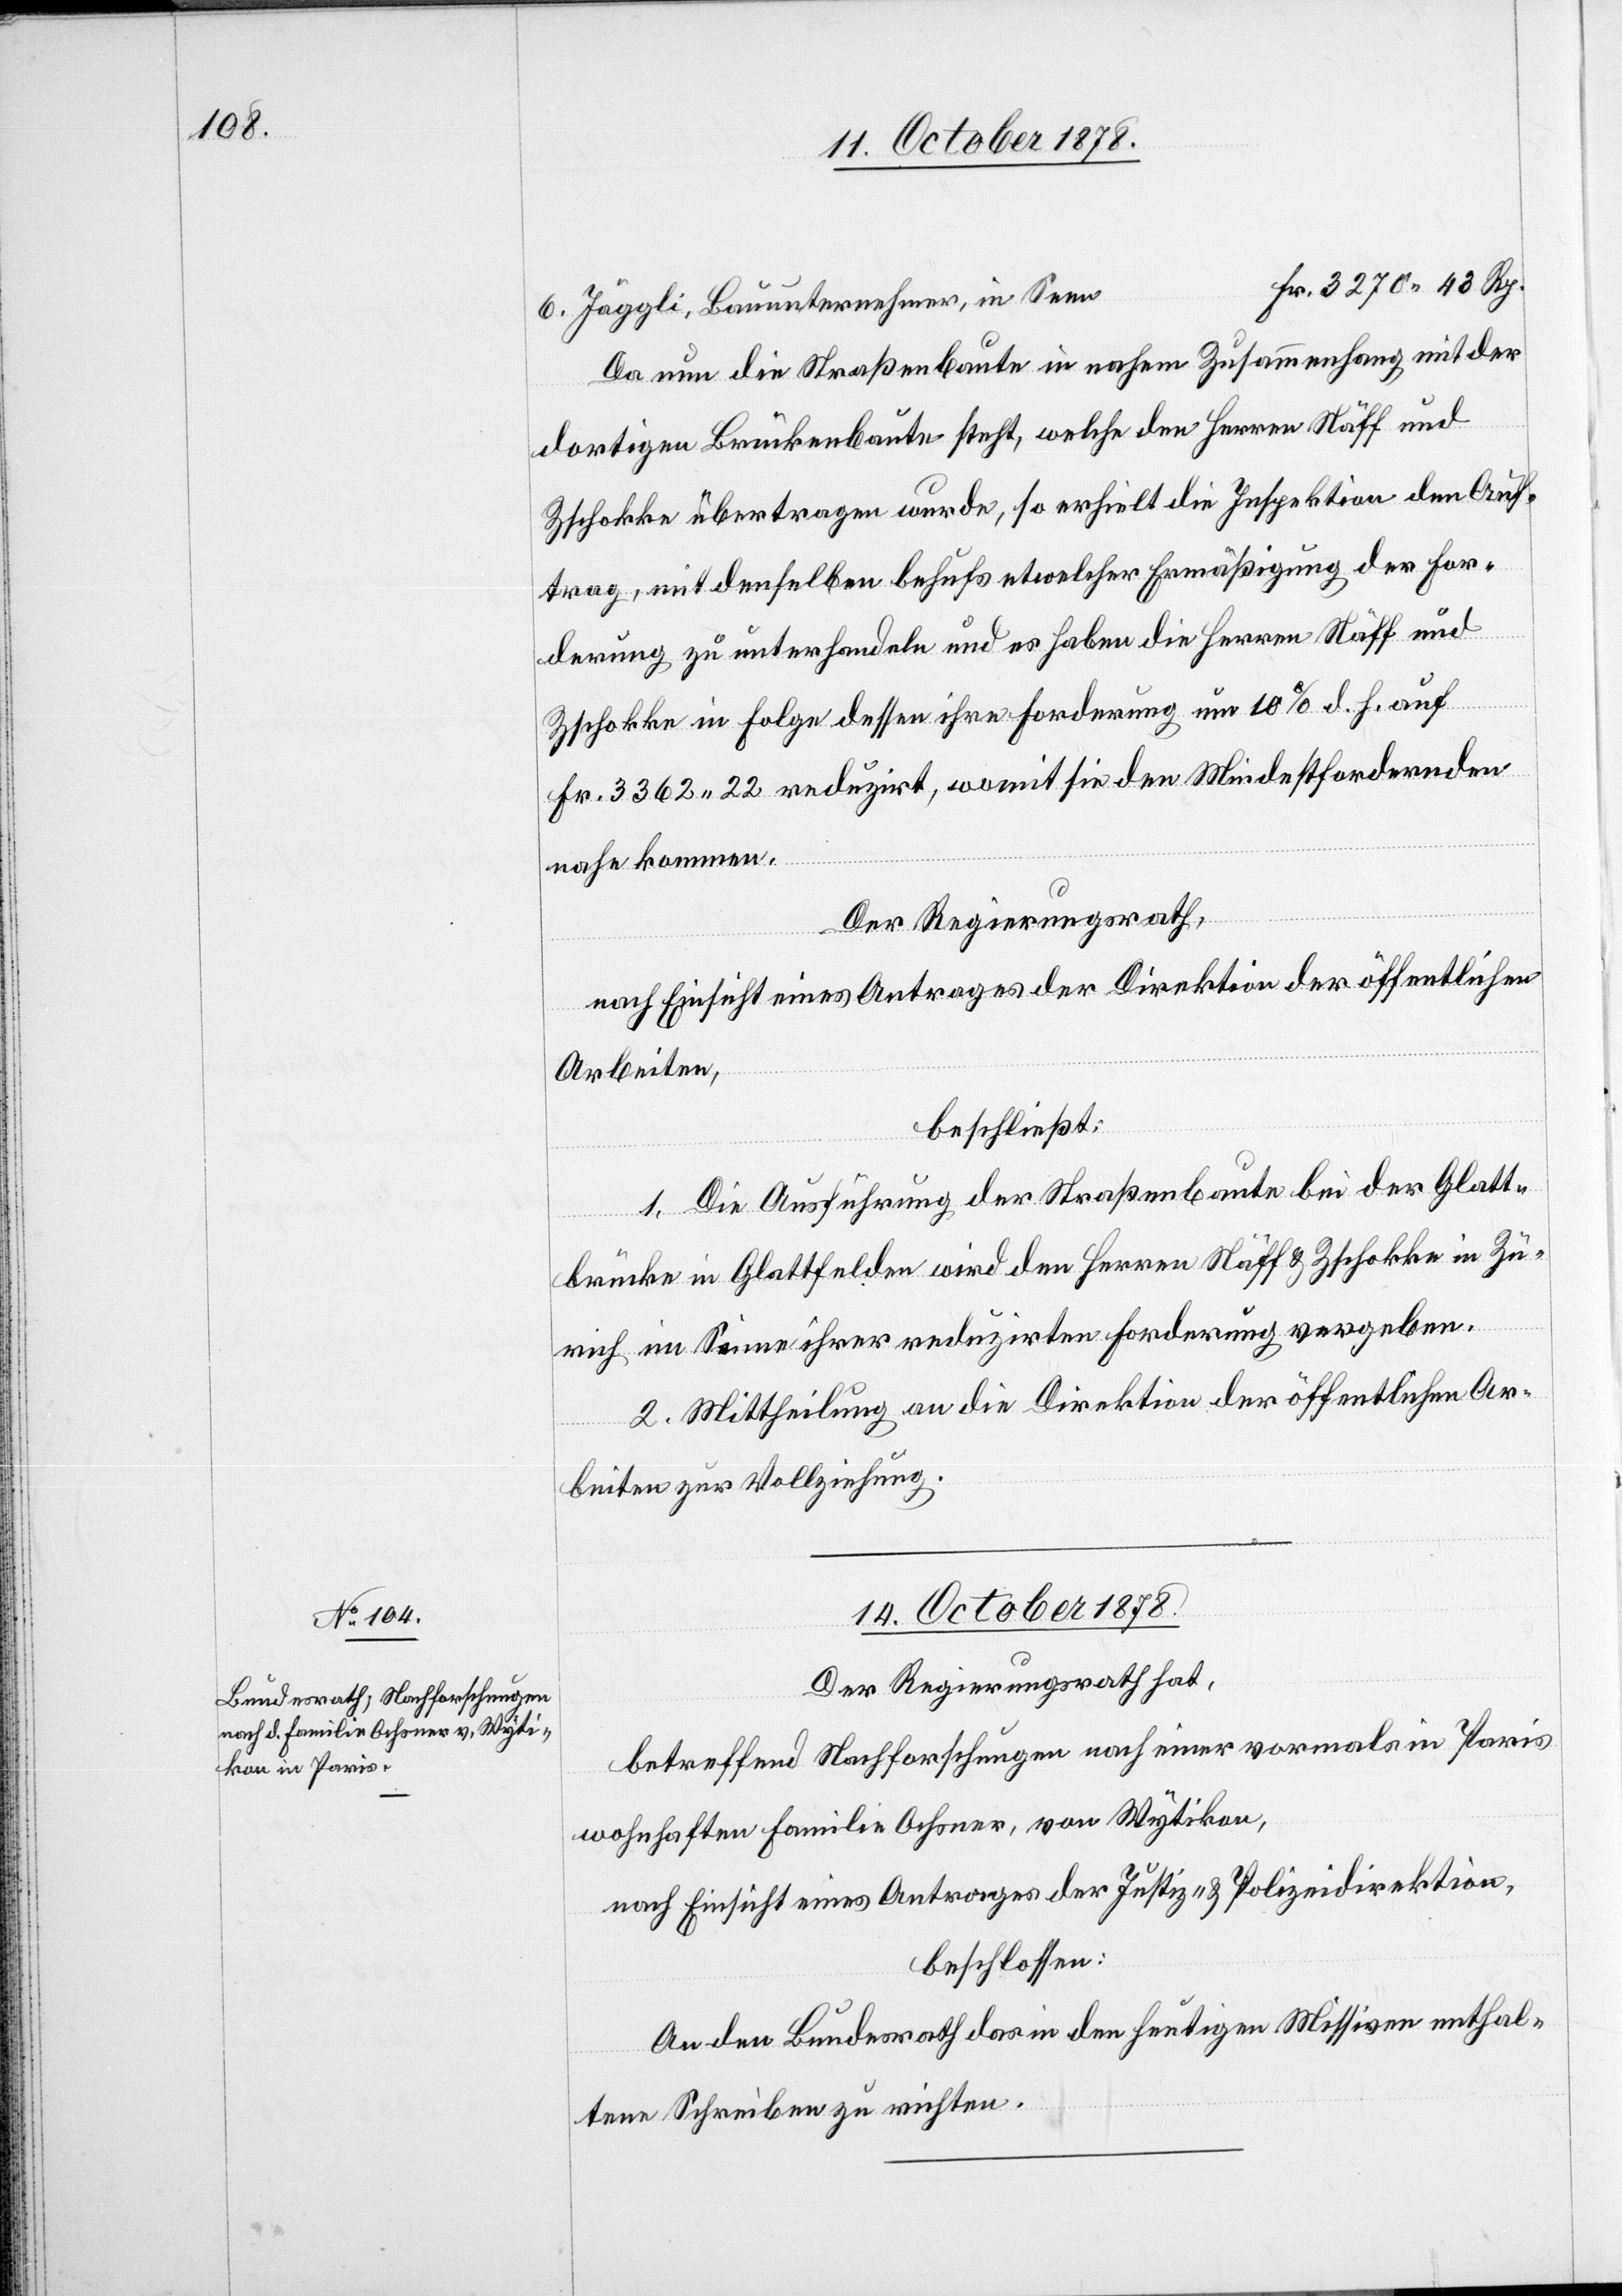
6. Jäggli, Bauunternehmer, in Seen
Da nun die Straßenbaute in nahem Zusammenhang mit der
dortigen Brückenbaute steht, welche den Herren Näff und
Zschokke übertragen wurde, so erhielt die Inspektion den Auf¬
trag, mit denselben behufs etwelcher Ermäßigung der For¬
derung zu unterhandeln und es haben die Herren Näff und
Zschokke in Folge dessen ihre Forderung um 10% d. h. auf
Fr. 4362 22 reduzirt, womit sie den Mindestfordernden
nahe kommen.
Der Regierungsrath,
nach Einsicht eines Antrages der Direktion der öffentlichen
Arbeiten,
beschließt:
1. Die Ausführung der Straßenbaute bei der Glatt¬
brücke in Glattfelden wird den Herren Näff & Zschokke in Zü¬
rich im Sinne ihrer reduzirten Forderung vergeben.
2. Mittheilung an die Direktion der öffentlichen Ar¬
beiten zur Vollziehung.
14. October 1878.
Der Regierungsrath hat,
betreffend Nachforschungen nach einer vormals in Paris
wohnhaften Familie Ochsner, von Wytikon,
nach Einsicht eines Antrages der Justiz- & Polizeidirektion,
beschlossen:
An den Bundesrath das in den heutigen Missiven enthal¬
tene Schreiben zu richten.